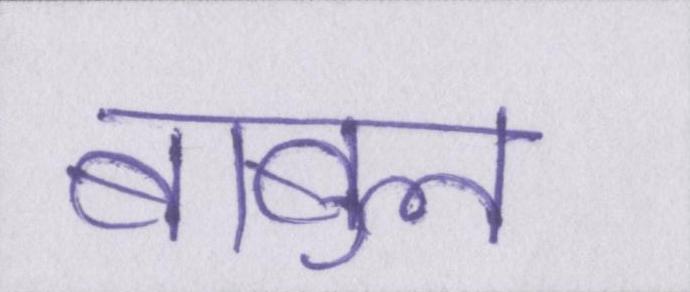
बाबुल